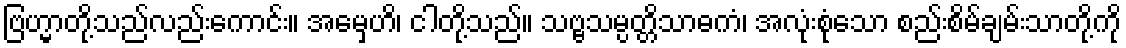
ဗြဟ္မာတို့သည်လည်းကောင်း။ အမှေဟိ၊ ငါတို့သည်။ သဗ္ဗသမ္ပတ္တိသာဓကံ၊ အလုံးစုံသော စည်းစိမ်ချမ်းသာတို့ကို